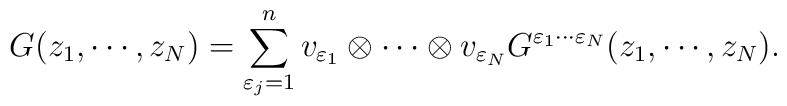
G(z _1 , \cdots , z _N ) =\sum_{\varepsilon _j =1}^{n}v_{\varepsilon _1 } \otimes \cdots\otimes v_{\varepsilon _N }G^{\varepsilon _1 \cdots \varepsilon _N }(z _1 , \cdots , z_N ).